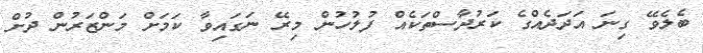
ބެލެވޭ ގިނަ އަދަދެއްގެ ކަރުދާސްތަކެއް ފުލުހުން މިރޭ ނަގައިވާ ކަމަށް މަންޒަރުން ދުށް